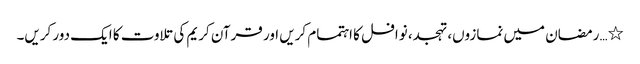
٭…رمضان میں نمازوں، تہجد، نوافل کا اہتمام کریں اور قرآن کریم کی تلاوت کا ایک دور کریں۔